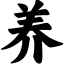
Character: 养